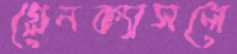
গ্লেনক্যাসলে